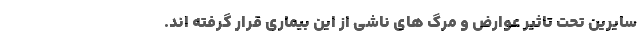
سایرین تحت تاثیر عوارض و مرگ های ناشی از این بیماری قرار گرفته اند.